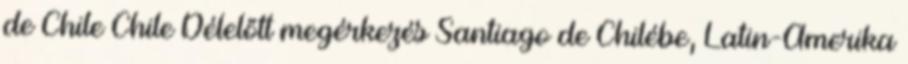
de Chile Chile Délelőtt megérkezés Santiago de Chilébe, Latin-Amerika